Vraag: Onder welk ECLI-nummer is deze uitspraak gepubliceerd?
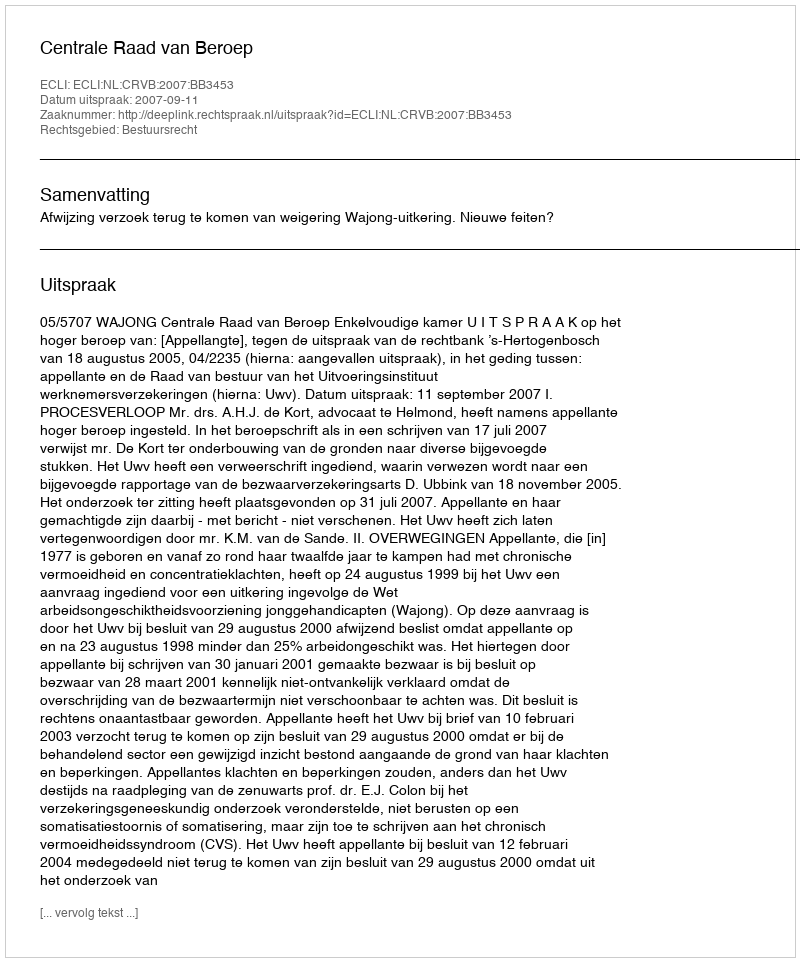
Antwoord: ECLI:NL:CRVB:2007:BB3453